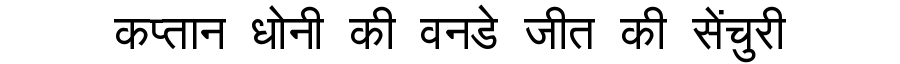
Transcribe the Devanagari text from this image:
कप्तान धोनी की वनडे जीत की सेंचुरी